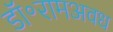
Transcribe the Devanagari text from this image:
डॉ॰रामअवध